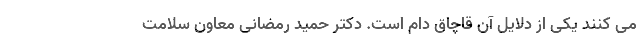
می کنند یکی از دلایل آن قاچاق دام است. دکتر حمید رمضانی معاون سلامت